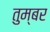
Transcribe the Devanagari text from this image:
तुम्बर